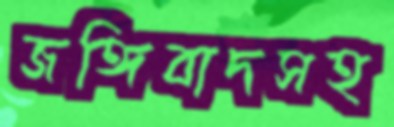
জঙ্গিবাদসহ